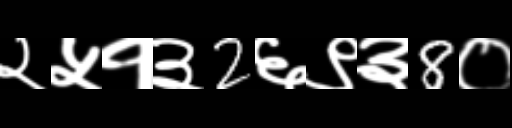
Text: २५१३2६९३8०